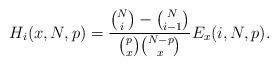
LaTeX: \begin{align*}&H_i(x,N,p) = \frac{\binom{N}{i}-\binom{N}{i-1}}{\binom{p}{x}\binom{N-p}{x}}E_x(i,N,p). \end{align*}